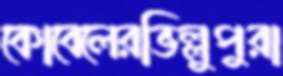
কোবেলেরভিল্লুপুরা